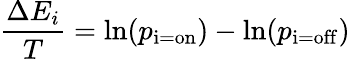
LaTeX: {\frac{\Delta E_{i}}{T}}=\ln(p_{\mathrm{i=on}})-\ln(p_{\mathrm{i=off}})